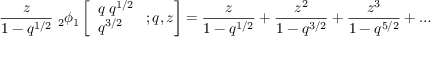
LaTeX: { \frac { z } { 1 - q ^ { 1 / 2 } } } \; _ { 2 } \phi _ { 1 } \left[ { \begin{array} { l } { q \; q ^ { 1 / 2 } } \\ { q ^ { 3 / 2 } } \end{array} } \; ; q , z \right] = { \frac { z } { 1 - q ^ { 1 / 2 } } } + { \frac { z ^ { 2 } } { 1 - q ^ { 3 / 2 } } } + { \frac { z ^ { 3 } } { 1 - q ^ { 5 / 2 } } } + \ldots